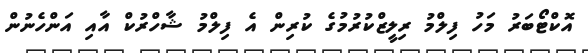
އޮކްޓޯބަރު މަހު ފިލްމު ރިލީޒްކުރުމުގެ ކުރިން އެ ފިލްމު ޝާހްރުކް އާއި އަންހެނުން